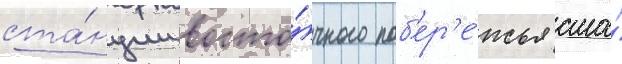
ста́нции восто́чного поб'ер'е́жья сша́